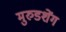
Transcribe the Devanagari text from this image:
मुरुडशेंग